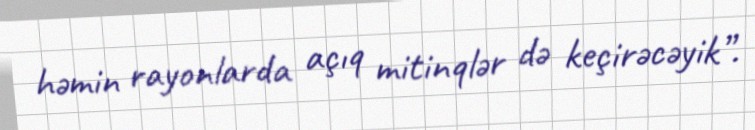
həmin rayonlarda açıq mitinqlər də keçirəcəyik”.